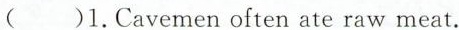
( )1.Cavemen often ate raw meat.